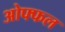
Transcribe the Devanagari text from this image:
ओफ्फल